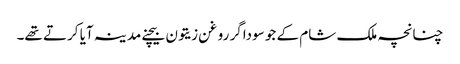
چنانچہ ملک شام کے جو سوداگر روغن زیتون بیچنے مدینہ آیا کرتے تھے۔